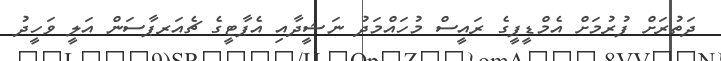
ދަތުރަށް ފުރުމަށް އެމްޑީޕީގެ ރައީސް މުހައްމަދު ނަޝީދާއި އެޕާޓީގެ ޗެއަރޕާސަން އަލީ ވަހީދު